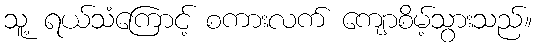
သူ့ ရယ်သံကြောင့် စကားလက် ကျောစိမ့်သွားသည်။